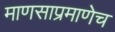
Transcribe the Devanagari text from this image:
माणसाप्रमाणेच